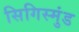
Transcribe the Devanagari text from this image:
सिगिस्मुंड